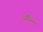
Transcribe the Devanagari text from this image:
ग्द्